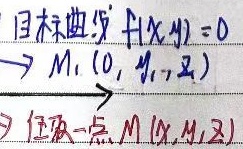
目标曲线\(F(x,y)=0\) \(\to M_{1}(0,y_{1},z_{1})\) \(\to\) 任意一点\(M(x,y,z)\)